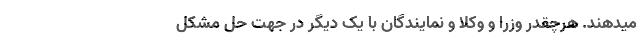
میدهند. هرچقدر وزرا و وکلا و نمایندگان با یک دیگر در جهت حل مشکل